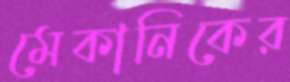
মেকানিকের